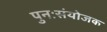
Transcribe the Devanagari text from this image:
पुनःसंयोजक